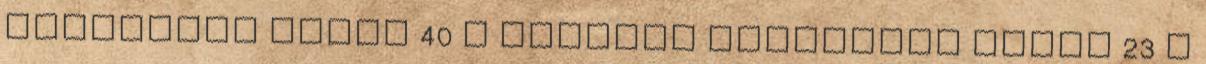
földrajzi nevek‎ 40 L bambara földrajzi nevek‎ 23 L